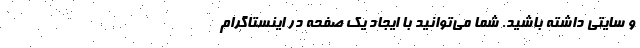
و سایتی داشته باشید. شما می‌توانید با ایجاد یک صفحه در اینستاگرام